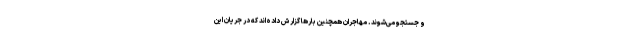
و جستجو می‌شوند. مهاجران همچنین بارها گزارش داده‌اند که در جریان این